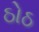
ઠોઠ